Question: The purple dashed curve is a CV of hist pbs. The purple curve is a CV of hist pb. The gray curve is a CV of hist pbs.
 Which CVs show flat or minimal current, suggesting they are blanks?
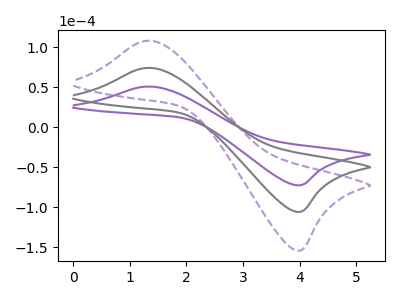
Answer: <think>The purple dashed curve "hist pbs" has an anodic peak at (1.35V, 148.60uA) and a cathodic peak at (3.95V, -211.55uA). The purple curve "hist pb" has an anodic peak at (1.35V, 50.95uA) and a cathodic peak at (3.95V, -72.50uA). The gray curve "hist pbs" has an anodic peak at (1.35V, 74.30uA) and a cathodic peak at (3.95V, -105.75uA).</think>
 <answer>There are not any CV's on this graph that are likely to be blanks.</answer>
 <eval>none</eval>